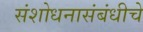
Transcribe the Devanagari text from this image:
संशोधनासंबंधीचे